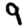
Digit: 9